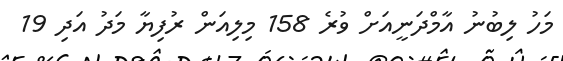
މަހު ލިބުނު އާމްދަނީއަށް ވުރެ 158 މިލިއަން ރުފިޔާ މަދު އަދި 19